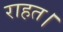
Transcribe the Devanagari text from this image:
राहत।